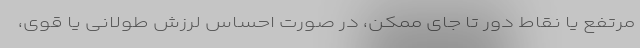
مرتفع یا نقاط دور تا جای ممکن، در صورت احساس لرزش طولانی یا قوی،